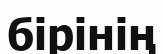
бірінің